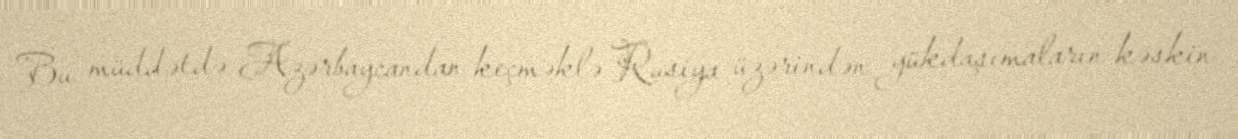
Bu müddətdə Azərbaycandan keçməklə Rusiya üzərindən yükdaşımaların kəskin